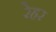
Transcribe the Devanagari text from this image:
रेहर